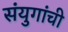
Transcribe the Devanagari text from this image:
संयुगांची